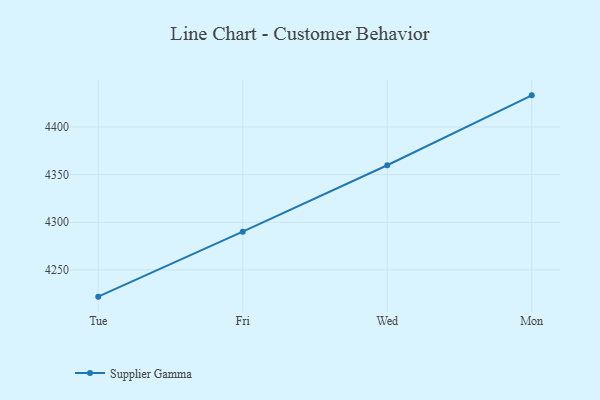
{"axis": {"x": "Day", "y": "Revenue (USD Million)"}, "legend": ["Supplier Gamma"], "data": [{"x": "Tue", "y": 4221.9, "type": "Supplier Gamma"}, {"x": "Fri", "y": 4290.1, "type": "Supplier Gamma"}, {"x": "Wed", "y": 4359.8, "type": "Supplier Gamma"}, {"x": "Mon", "y": 4433.2, "type": "Supplier Gamma"}]}